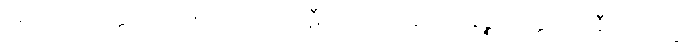
ပရိတာသံ ဥတ္တရိပိ တဏှာဂ္ဂါဟော ဃဋီကရော အနိဒဿနဉ္စ အတ္ထရဏာနီတိ လက္ခံ